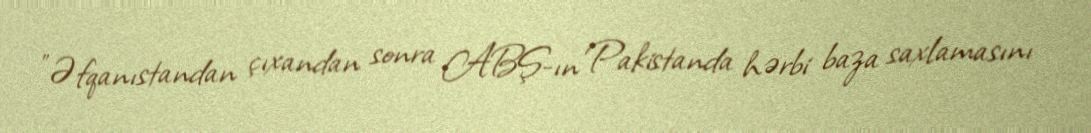
"Əfqanıstandan çıxandan sonra ABŞ-ın Pakistanda hərbi baza saxlamasını